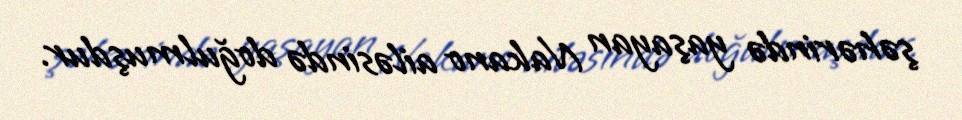
şəhərində yaşayan Nakano ailəsində doğulmuşdur.